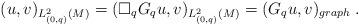
LaTeX: \begin{align*}(u,v)_{L^2_{(0,q)}(M)} = (\square_qG_qu,v)_{L^2_{(0,q)}(M)} = (G_q u,v)_{graph}\;.\end{align*}